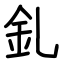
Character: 釓